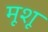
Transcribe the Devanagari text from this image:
मूशू